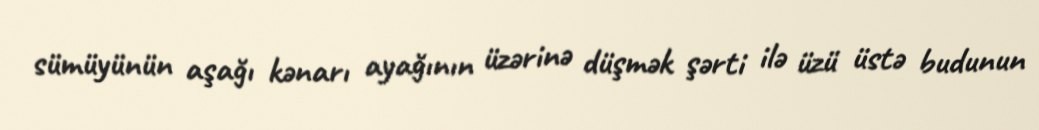
sümüyünün aşağı kənarı ayağının üzərinə düşmək şərti ilə üzü üstə budunun